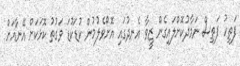
ފަތިހު ފަތިސް ނަމާދުކޮށްލައިގެން ޒީވާ އެނދުގައި އޮށޯވެލުމުން ކުޑަކުޑަ ވަގުތު ކޮޅަކަށް އޭނާއަށް